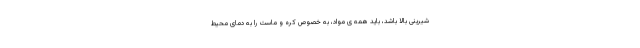
شیرینی بالا باشد، باید همه ی مواد، به خصوص کره و ماست را به دمای محیط